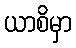
ယာစိမှာ